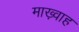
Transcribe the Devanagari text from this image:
माख़्वाह